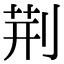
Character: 荆